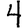
Digit: 4